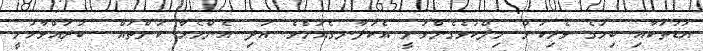
އުޑުތަކާއި ބިމުގެ ވެރިކަން މިލްކުވެގެންވަނީ އެކަލާނގެއަށެވެ. އަދި އެންމެހާ ކަންތައް  ކުރައްވާހުށީ